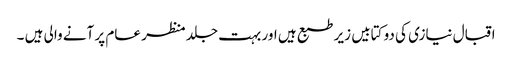
اقبال نیازی کی دو کتابیں زیر طبع ہیں اور بہت جلد منظر عام پر آنے والی ہیں ۔